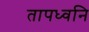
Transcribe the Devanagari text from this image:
तापध्वनि